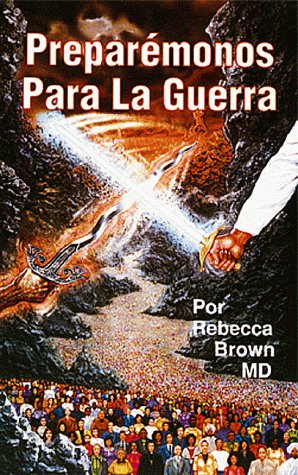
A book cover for PreparÃ©monos para la guerra; Rebecca Brown; Religion & Spirituality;